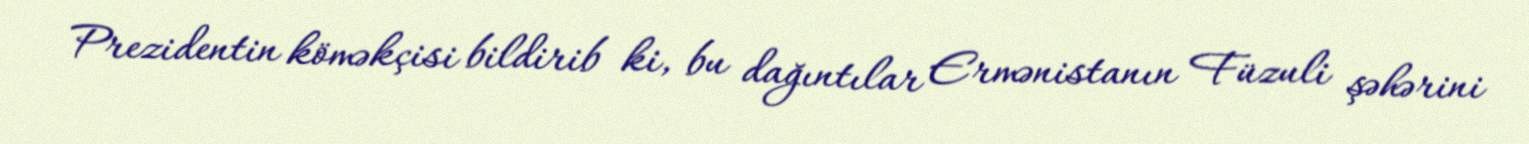
Prezidentin köməkçisi bildirib ki, bu dağıntılar Ermənistanın Füzuli şəhərini